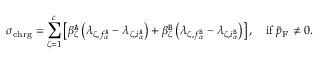
\sigma _ { \mathrm { c h r g } } = \sum _ { \zeta = 1 } ^ { c } \left[ \beta _ { \zeta } ^ { \tt A } \left( \lambda _ { \zeta , f _ { \alpha } ^ { \tt A } } - \lambda _ { \zeta , i _ { \alpha } ^ { \tt A } } \right) + \beta _ { \zeta } ^ { \tt B } \left( \lambda _ { \zeta , f _ { \alpha } ^ { \tt B } } - \lambda _ { \zeta , i _ { \alpha } ^ { \tt B } } \right) \right] , \quad \mathrm { i f } \; \tilde { p } _ { \mathrm { F } } \neq 0 .